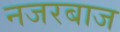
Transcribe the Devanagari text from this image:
नजरबाज